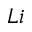
L i